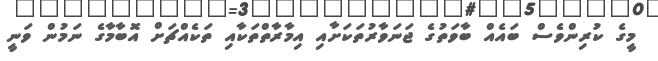
މީގެ ކުރިންވެސް ބައެއް ބާވަތުގެ ޖަނަވާރުތަކަށާއި އިމާރާތްތަކާއި ތަކެއްޗަށް އޮބާމާގެ ނަމުން ވަނީ